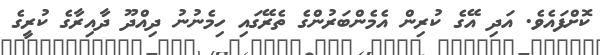
ކޮށްފައެވެ. އަދި އޭގެ ކުރިން އެމެންބަރުންގެ ތެރޭގައި ހިމެނުނު ދިއްދޫ ދާއިރާގެ ކުރީގެ